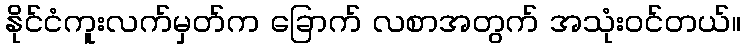
နိုင်ငံကူးလက်မှတ်က ခြောက် လစာအတွက် အသုံးဝင်တယ်။